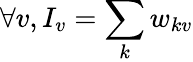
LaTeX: \forall v,I_{v}=\sum_{k}w_{kv}